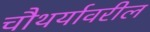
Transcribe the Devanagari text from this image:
चौथर्यावरील